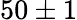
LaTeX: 50\pm 1